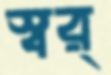
স্বর্